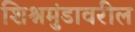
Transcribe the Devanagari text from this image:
शिश्नमुंडावरील